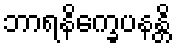
ဘာရနိက္ခေပနန္တိ